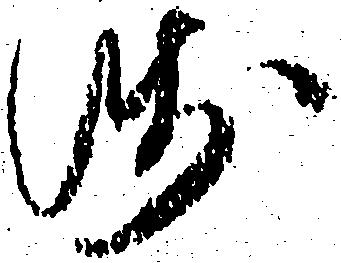
残